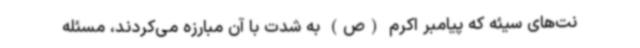
نت‌های سیئه که پیامبر اکرم (ص) به شدت با آن مبارزه می‌کردند، مسئله